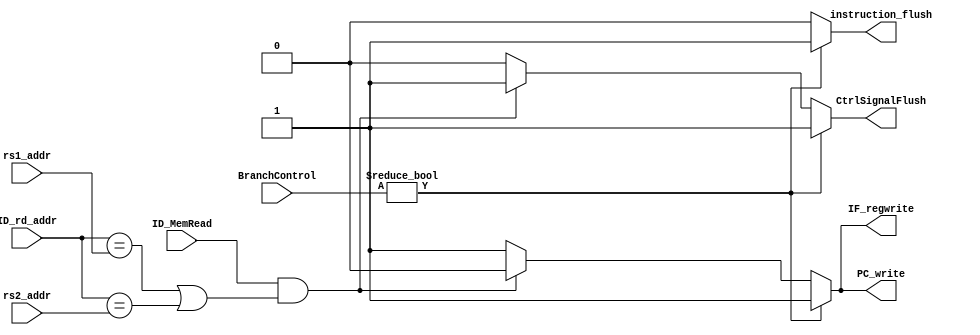
module Hazard_control (ID_MemRead,BranchControl,ID_rd_addr,rs1_addr,rs2_addr,
instruction_flush,CtrlSignalFlush,IF_regwrite,PC_write);
input ID_MemRead;
input [1:0] BranchControl;
input [4:0] ID_rd_addr,rs1_addr,rs2_addr;
output reg instruction_flush,CtrlSignalFlush,IF_regwrite,PC_write;
parameter PCIMMRS1=2'd1,PCIMM=2'd2,PC4=2'd0;
always @(*) begin
	if (BranchControl!=2'd0) begin //if branch or jump occured
		instruction_flush=1'd1;		//let third instruction become 0000
		CtrlSignalFlush=1'd1;		//let second instruction become NOP
		IF_regwrite=1'd1;			//enable
		PC_write=1'd1;				//enable
	end
	else if ((ID_MemRead)&&((ID_rd_addr==rs1_addr)||(ID_rd_addr==rs2_addr))) begin //if load-use occured
		instruction_flush=1'd0;		
		CtrlSignalFlush=1'd1;		//let second instruction become NOP
		IF_regwrite=1'd0;			//disable to stop IF_reg
		PC_write=1'd0;				//disable to stop PC
	end
	else begin
		instruction_flush=1'd0;		
		CtrlSignalFlush=1'd0;		
		IF_regwrite=1'd1;			//enable
		PC_write=1'd1;				//enable
	end 
end
endmodule